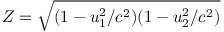
Z = { \sqrt { ( 1 - u _ { 1 } ^ { 2 } / c ^ { 2 } ) ( 1 - u _ { 2 } ^ { 2 } / c ^ { 2 } ) } }